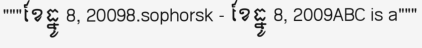
"""ខែធ្នូ 8, 20098.sophorsk - ខែធ្នូ 8, 2009ABC is a"""